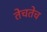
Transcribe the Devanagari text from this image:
तेचतेच